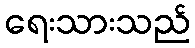
ရေးသားသည်